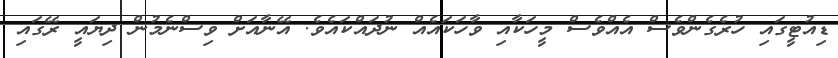
ޑިއުޓީގައި ހުރެގެންވެސް އެއްވެސް މީހަކާއި ވާހަކައެއް ނުދައްކައެވެ. އޭނާއަށް ވިސްނެމުން ދިޔައީ ރޭގައި